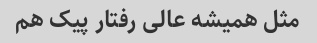
مثل همیشه عالی رفتار پیک هم